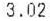
3.02